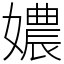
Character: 𡢿